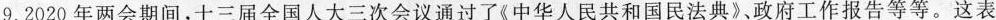
9.2020年两会期间，十三届全国人大三次会议通过了《中华人民共和国民法典》、政府工作报告等等。这表